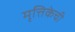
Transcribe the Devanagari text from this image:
मृत्तिकेची